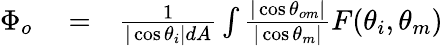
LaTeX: \begin{array}{rlr}{\Phi_{o}}&{{}=}&{\frac{1}{|\cos\theta_{i}|dA}\int\frac{|\cos\theta_{om}|}{|\cos\theta_{m}|}F(\theta_{i},\theta_{m})}\end{array}